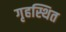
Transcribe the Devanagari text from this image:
गृहस्थित